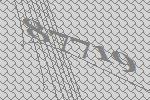
87719